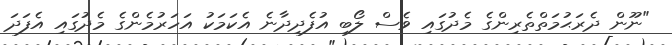
"ނޫން ދެރަޙުމަތްތެރިންގެ މެދުގައި ވެސް ލޯބި އުފެދިދާނެ އެކަމަކު އަހަރުމެންގެ މެދުގައި އެފަދަ